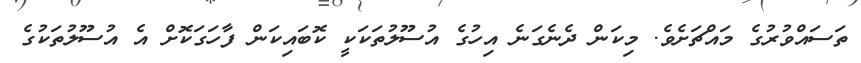
ތަސައްވުރުގެ މައްޗަށެވެ. މިކަން ދެނެގަނެ އިހުގެ އުސޫލުތަކަކީ ކޮބައިކަން ފާހަގަކޮށް އެ އުސޫލުތަކުގެ